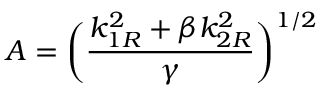
A = \bigg ( \frac { k _ { 1 R } ^ { 2 } + \beta k _ { 2 R } ^ { 2 } } { \gamma } \bigg ) ^ { 1 / 2 }